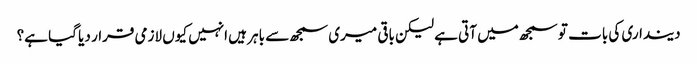
دینداری کی بات تو سمجھ میں آتی ہے لیکن باقی میری سمجھ سے باہر ہیں انہیں کیوں لازمی قرار دیا گیا ہے؟